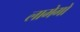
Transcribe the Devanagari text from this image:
लामेगो